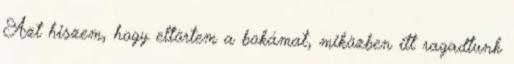
Azt hiszem, hogy eltörtem a bokámat, miközben itt ragadtunk